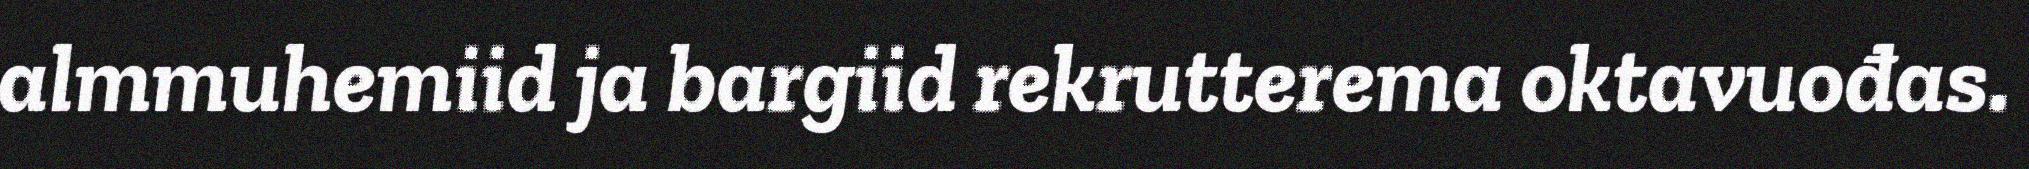
almmuhemiid ja bargiid rekrutterema oktavuođas.